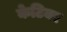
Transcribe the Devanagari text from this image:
केटियर